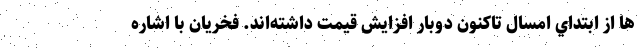
ها از ابتداي امسال تاكنون دوبار افزايش قيمت داشته‌اند. فخريان با اشاره